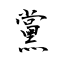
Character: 黨